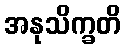
အနုသိက္ခတိ